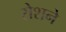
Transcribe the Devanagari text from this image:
रोशने